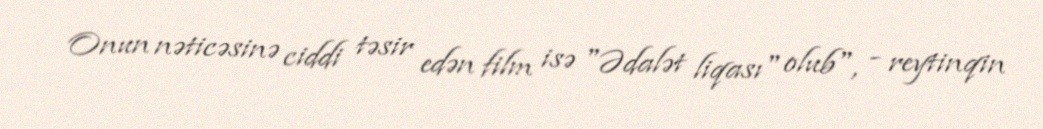
Onun nəticəsinə ciddi təsir edən film isə "Ədalət liqası" olub", - reytinqin